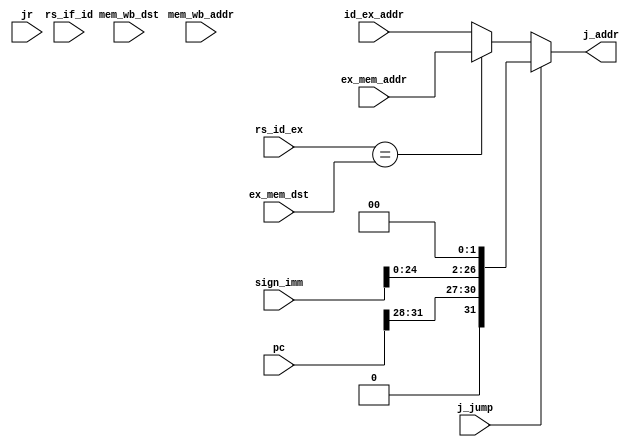
//JumpSel.v

module JumpSel(
	input wire [4:0] rs_id_ex,
	input wire [4:0] ex_mem_dst,
	input wire [4:0] mem_wb_dst,
	input wire [31:0] ex_mem_addr,
	input wire [31:0] mem_wb_addr,
	input wire [31:0] id_ex_addr,
	input wire j_jump,
	input wire [26:0] sign_imm,
	input wire [31:0] pc,
	input wire [31:0] rs_if_id,
	input wire jr,
	output reg [31:0] j_addr
	);
	
	always @* begin
	
		if (jr == 1) begin
			j_addr = rs_if_id;
		end
	
		if (j_jump == 1)  begin
			j_addr = {pc[31:28],(sign_imm << 2)};
		end 
		
		else begin
			if (rs_id_ex == ex_mem_dst) begin
				j_addr = ex_mem_addr;
			end else begin
				j_addr = id_ex_addr;
			end
		end
	end
endmodule